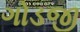
ગોડજી